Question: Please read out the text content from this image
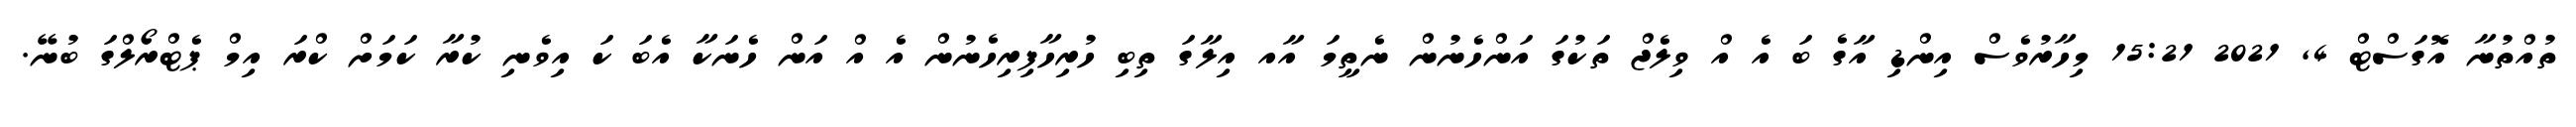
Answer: ތުއްތުނާ އޮގަސްޓް 4, 2021 15:21 މިހާރުވެސް އިންޑި އާގެ ބަ އެ އް ވިލެޖް ތަކުގަ އަންހެނުން ނެތީމަ އާއ އިލާގަ ތިބި ހުރިހާފިރިހެނުން އެ އް އަން ހެނަކާ އެބަ ކަ އިވެނި ކުރާ ކަމަށް ކްރަ އިމް ޕެޓްރޯލްގަ ބުނޭ.